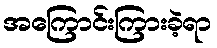
အကြောင်းကြားခဲ့ရာ